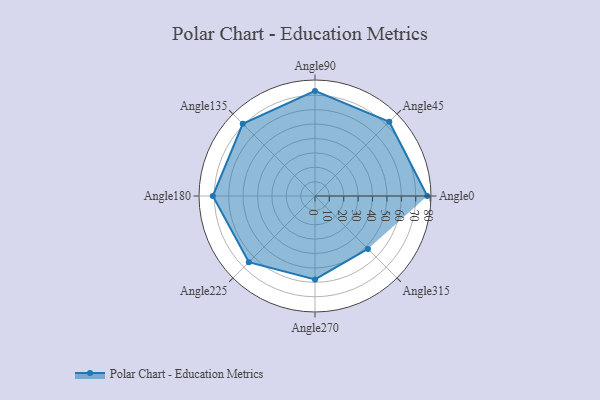
{"axis": {"x": "Angle", "y": "Radius"}, "legend": [""], "data": [{"x": "Angle0", "y": 78.0, "type": ""}, {"x": "Angle45", "y": 73.0, "type": ""}, {"x": "Angle90", "y": 73.0, "type": ""}, {"x": "Angle135", "y": 71.0, "type": ""}, {"x": "Angle180", "y": 71.0, "type": ""}, {"x": "Angle225", "y": 65.0, "type": ""}, {"x": "Angle270", "y": 58.0, "type": ""}, {"x": "Angle315", "y": 52.0, "type": ""}]}